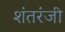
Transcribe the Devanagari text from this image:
शंतरंजी